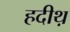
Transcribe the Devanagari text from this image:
हदीथ़